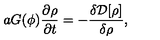
a G ( \phi ) \frac { \partial \rho } { \partial t } = - \frac { \delta { \cal D } [ \rho ] } { \delta \rho } ,